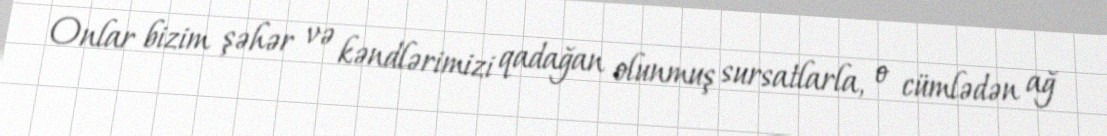
Onlar bizim şəhər və kəndlərimizi qadağan olunmuş sursatlarla, o cümlədən ağ